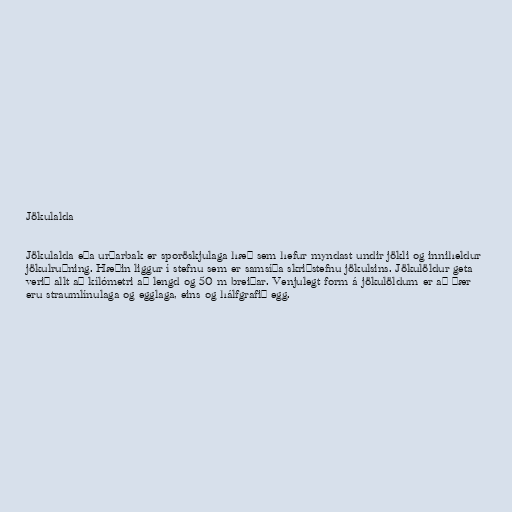
Jökulalda

Jökulalda eða urðarbak er sporöskjulaga hæð sem hefur myndast undir jökli og inniheldur
jökulruðning. Hæðin liggur í stefnu sem er samsíða skriðstefnu jökulsins. Jökulöldur geta
verið allt að kílómetri að lengd og 50 m breiðar. Venjulegt form á jökulöldum er að þær
eru straumlínulaga og egglaga, eins og hálfgrafið egg.